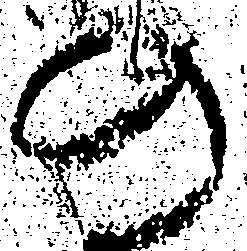
の